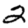
Digit: 2